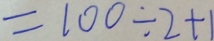
= 1 0 0 \div 2 + 1